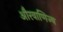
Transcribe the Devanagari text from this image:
औरवाणिज्य